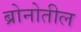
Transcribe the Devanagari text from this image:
ब्रोनोतील